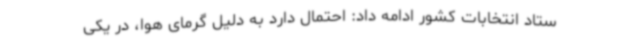
ستاد انتخابات کشور ادامه داد: احتمال دارد به دلیل گرمای هوا، در یکی